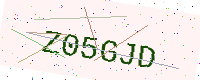
Text: Z05GJD